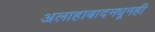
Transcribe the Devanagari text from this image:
अलाहाबादमधूनही